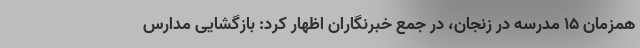
همزمان ۱۵ مدرسه در زنجان، در جمع خبرنگاران اظهار کرد: بازگشایی مدارس